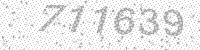
Solution: 711639